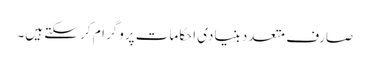
صارف متعدد بنیادی احکامات پروگرام کر سکتے ہیں۔